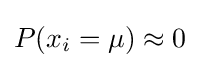
P(x_{i}=\mu )\approx 0